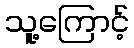
သူ့ကြောင့်